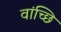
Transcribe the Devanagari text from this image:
वांच्छि